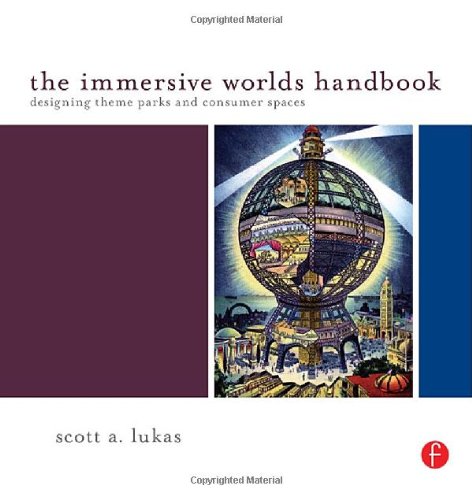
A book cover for The Immersive Worlds Handbook: Designing Theme Parks and Consumer Spaces; Scott Lukas; Business & Money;